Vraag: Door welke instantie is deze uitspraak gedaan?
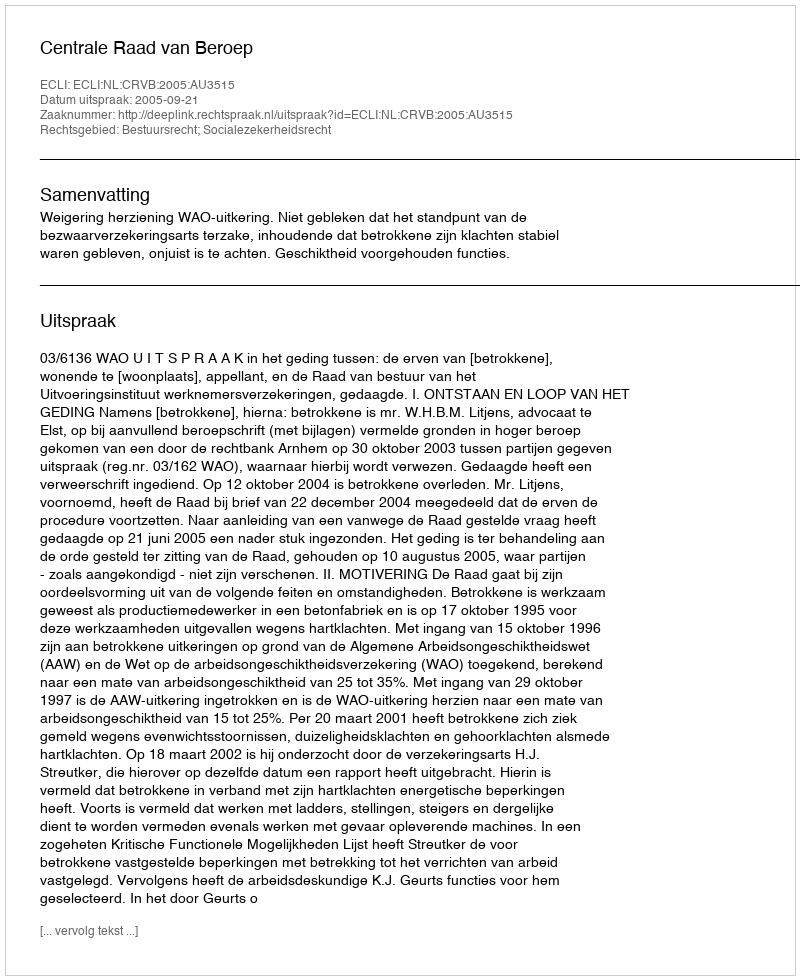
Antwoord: Centrale Raad van Beroep